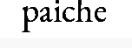
paiche